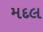
મદલ